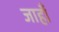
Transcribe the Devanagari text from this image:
जाहाँ